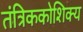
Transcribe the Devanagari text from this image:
तंत्रिककोशिक्य